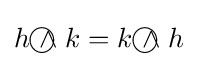
h{~\wedge \!\!\!\!\!\!\!\!\;\bigcirc ~}k=k{~\wedge \!\!\!\!\!\!\!\!\;\bigcirc ~}h